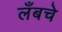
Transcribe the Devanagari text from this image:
लँबचे